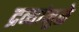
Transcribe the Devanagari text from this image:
द्रव्यांमुळे